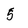
Character: 5